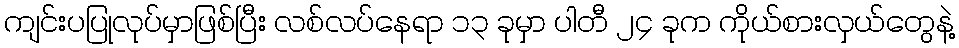
ကျင်းပပြုလုပ်မှာဖြစ်ပြီး လစ်လပ်နေရာ ၁၃ ခုမှာ ပါတီ ၂၄ ခုက ကိုယ်စားလှယ်တွေနဲ့